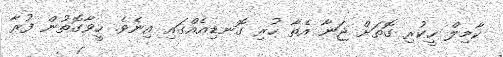
ކާމިލް ހީކުރި ގޮތަށް ޖަނާ އެތާ ހުރި ގޮނޑިއެއްގައި އިނެވެ. ހީވާގޮތުން ފުރާ